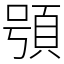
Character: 䪽